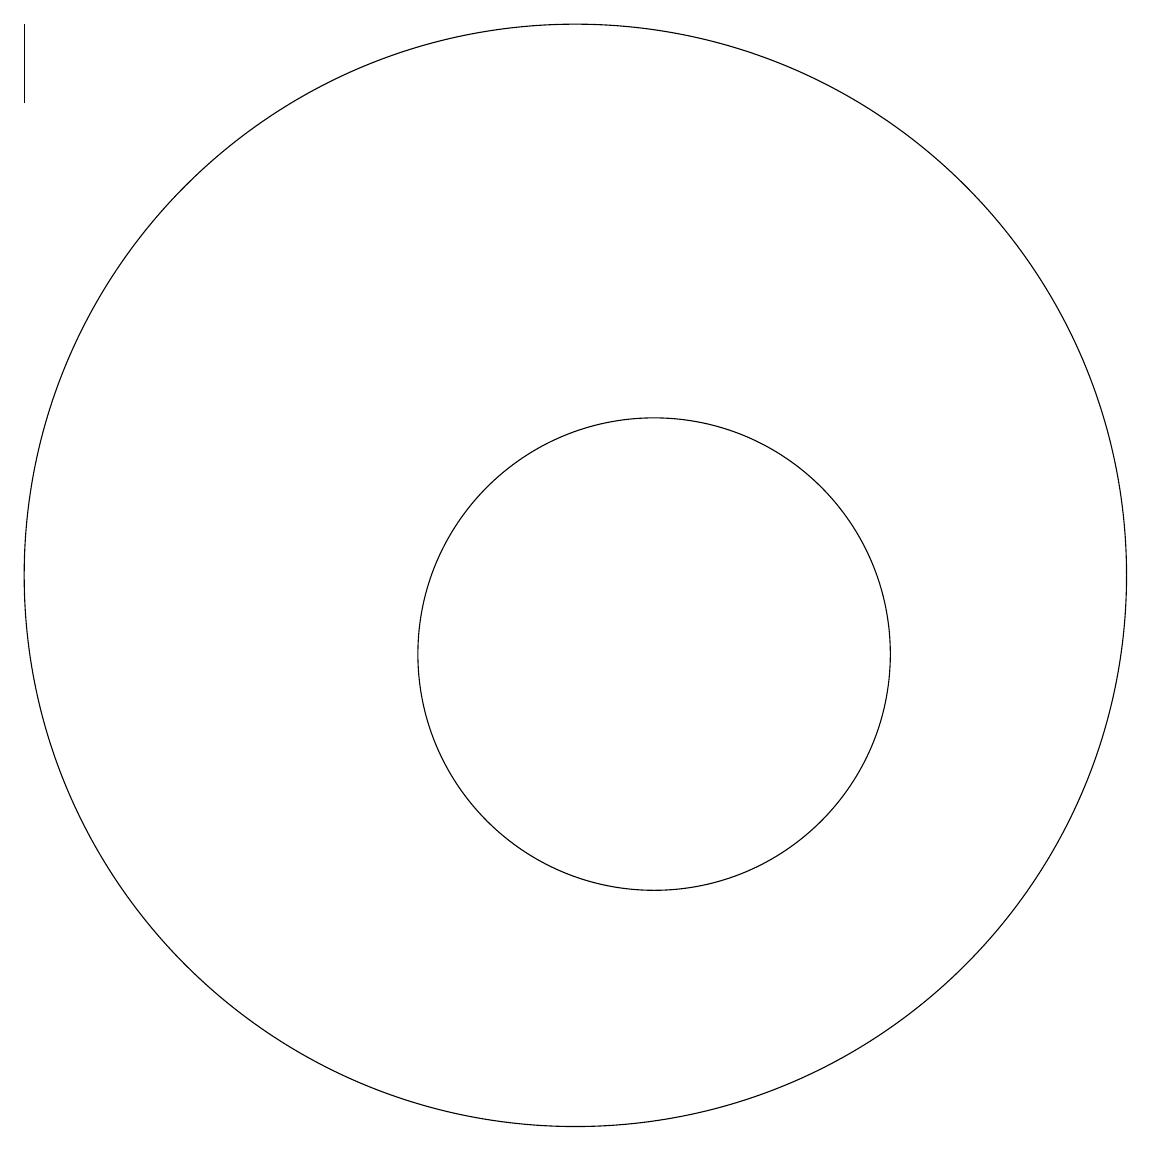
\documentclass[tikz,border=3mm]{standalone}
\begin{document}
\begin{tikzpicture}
\draw (11,10) circle (3);
\draw (3,17) rectangle (3,18);
\draw (11,12) circle (0);
\draw (10,11) circle (7);
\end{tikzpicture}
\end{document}